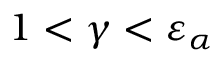
1 < \gamma < \varepsilon _ { \alpha }